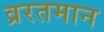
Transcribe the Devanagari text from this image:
व्ररतमान